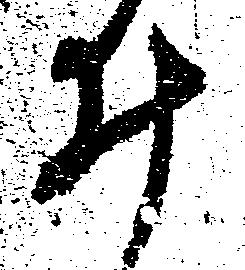
ゐ